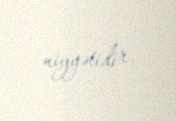
niyyətidir.